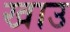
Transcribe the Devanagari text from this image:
खाउ